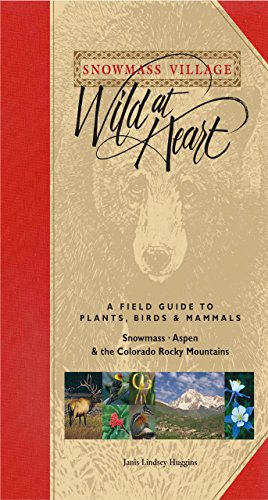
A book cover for Snowmass Village ~ Wild at Heart, A Field Guide to Plants Birds & Mammals of Snowmass/Aspen & the Colorado Rocky Mountains; Janis Lindsey Huggins; Sports & Outdoors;